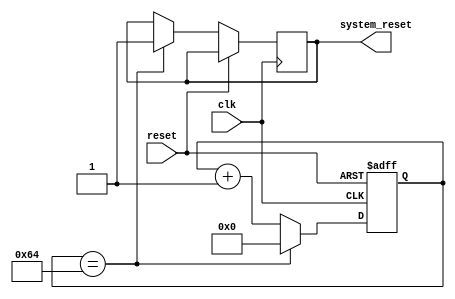
module WatchdogTimer (
    input wire clk,
    input wire reset,
    output wire system_reset
);

parameter THRESHOLD = 100; // Predefined threshold

reg [7:0] counter; // 8-bit counter

always @(posedge clk or posedge reset)
begin
    if (reset)
        counter <= 8'b0; // Reset counter
    else if (counter == THRESHOLD)
    begin
        counter <= 8'b0; // Reset counter
        system_reset <= 1; // Trigger system reset
    end
    else
        counter <= counter + 1; // Increment counter
end

endmodule